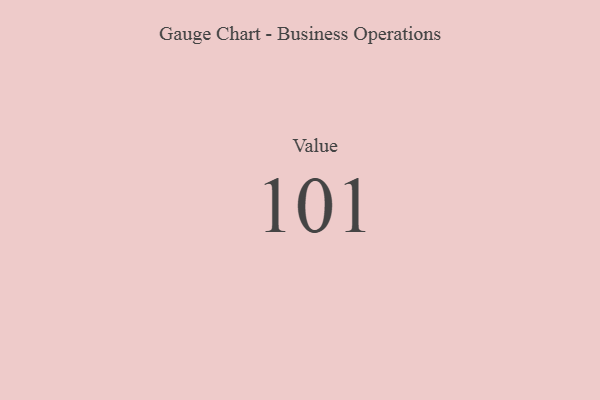
{"axis": {"x": "Metric", "y": "Value"}, "legend": [""], "data": [{"x": "Value", "y": 101, "type": ""}]}